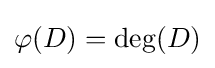
\varphi (D)=\deg(D)